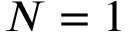
N = 1